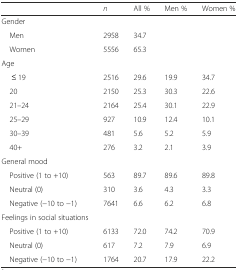
|  | n | All % | Men % | Women % |
 | --- | --- | --- | --- | --- |
 | Gender |  |  |  |  |
 | Men | 2958 | 34.7 |  |  |
 | Women | 5556 | 65.3 |  |  |
 | Age |  |  |  |  |
 | ≤ 19 | 2516 | 29.6 | 19.9 | 34.7 |
 | 20 | 2150 | 25.3 | 30.3 | 22.6 |
 | 21–24 | 2164 | 25.4 | 30.1 | 22.9 |
 | 25–29 | 927 | 10.9 | 12.4 | 10.1 |
 | 30–39 | 481 | 5.6 | 5.2 | 5.9 |
 | 40+ | 276 | 3.2 | 2.1 | 3.9 |
 | General mood |  |  |  |  |
 | Positive (1 to +10) | 563 | 89.7 | 89.6 | 89.8 |
 | Neutral (0) | 310 | 3.6 | 4.3 | 3.3 |
 | Negative (−10 to −1) | 7641 | 6.6 | 6.2 | 6.8 |
 | Feelings in social situations |  |  |  |  |
 | Positive (1 to +10) | 6133 | 72.0 | 74.2 | 70.9 |
 | Neutral (0) | 617 | 7.2 | 7.9 | 6.9 |
 | Negative (−10 to −1) | 1764 | 20.7 | 17.9 | 22.2 |